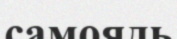
самоядь